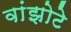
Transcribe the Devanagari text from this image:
वांझोटे